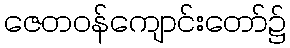
ဇေတဝန်ကျောင်းတော်၌